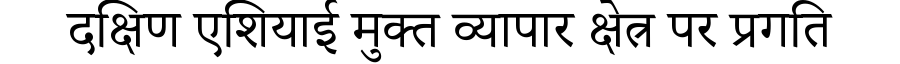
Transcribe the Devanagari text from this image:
दक्षिण एशियाई मुक्त व्यापार क्षेत्र पर प्रगति